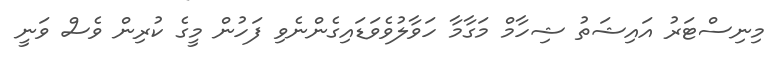
މިނިސްޓަރު އައިޝަތު ޝިހާމް މަގާމާ ހަވާލުވެވަޑައިގެންނެވި ފަހުން މީގެ ކުރިން ވެސް ވަނީ